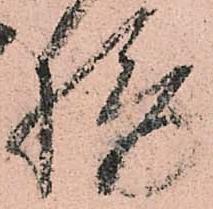
摂